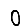
Digit: 0